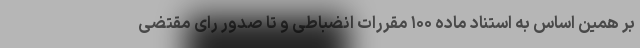
بر همین اساس به استناد ماده ۱۰۰ مقررات انضباطی و تا صدور رای مقتضی